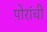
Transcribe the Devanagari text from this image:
पोरांची